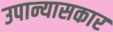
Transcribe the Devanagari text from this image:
उपान्यासकार